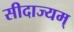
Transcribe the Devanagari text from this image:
सीदाज्यम्